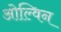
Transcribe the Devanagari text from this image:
ओल्विन